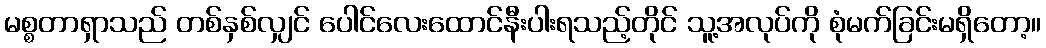
မစ္စတာရှာသည် တစ်နှစ်လျှင် ပေါင်လေးထောင်နီးပါးရသည့်တိုင် သူ့အလုပ်ကို စုံမက်ခြင်းမရှိတော့။